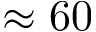
\approx 6 0